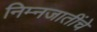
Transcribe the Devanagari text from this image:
निम्नजातींचे